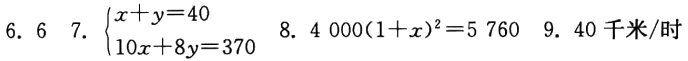
6. 6
7. $\begin{cases}x + y = 40 \\10x + 8y = 370\end{cases}$
8. $4000(1 + x)^2 = 5760$
9. 40 千米/时